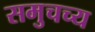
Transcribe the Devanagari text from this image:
समुचच्य